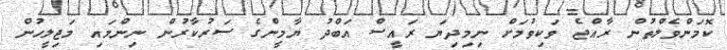
ކޮމަންވެލްތުން ރާއްޖެ ވަކިވުމަށް ނިމިދިޔަ ރައީސް އަބްދު ޔާމީންގެ ސަރުކާރުން ނިންމައި މަޖިލީހުން